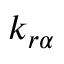
k _ { r \alpha }